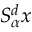
S _ { \alpha } ^ { d } x